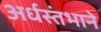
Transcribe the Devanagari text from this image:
अर्धस्तंभाने